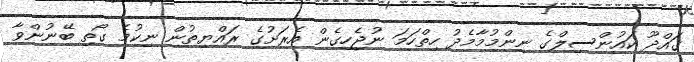
ގައްދޫ ކައުންސިލްގެ ނިންމުމާމެދު ހިތްހަމަ ނުޖެހިގެން އެރަށުގެ ރައްޔިތުން ނިކުމެ ގޯތި ބޭނުންވާ